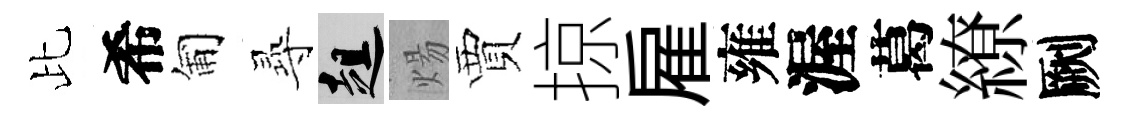
比希匍𡬶趄煬賈掠雇雍渥葛繚劂